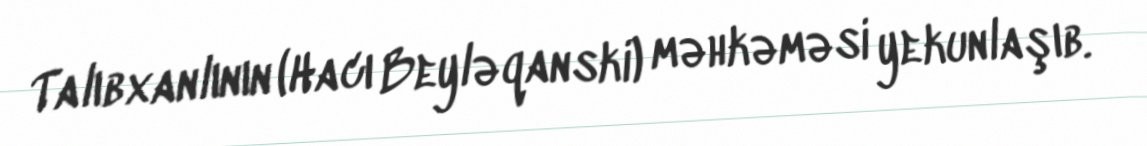
Talıbxanlının (Hacı Beyləqanski) məhkəməsi yekunlaşıb.